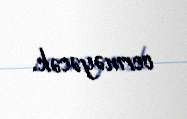
verməyəcək.